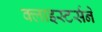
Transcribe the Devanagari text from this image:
क्लाइस्टर्सने